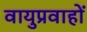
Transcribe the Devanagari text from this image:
वायुप्रवाहों